Indian journal of veterinary science and animal husbandry - Volumes 18-21, 1948-1951
Year: 1948
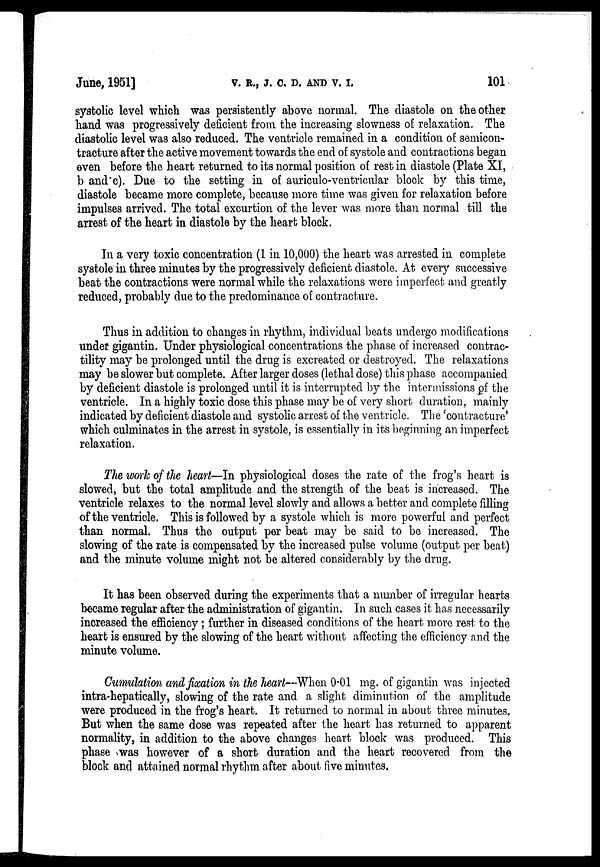
June, 1951]
V.
R.,
J.
C.
D.
AND
V.
I.
101
systolic level which was persistently above normal. The diastole on the other
hand was progressively deficient from the increasing slowness of relaxation. The
diastolic level was also reduced. The ventricle remained in a condition of semicon-
tracture after the active movement towards the end of systole and contractions began
even before the heart returned to its normal position of rest in diastole (Plate XI,
b and c). Due to the setting in of auriculo-ventricular block by this time,
diastole became more complete, because more time was given for relaxation before
impulses arrived. The total excurtion of the lever was more than normal till the
arrest of the heart in diastole by the heart block.
In a very toxic concentration (1 in 10,000) the heart was arrested in complete
systole in three minutes by the progressively deficient diastole. At every successive
beat the contractions were normal while the relaxations were imperfect and greatly
reduced, probably due to the predominance of contracture.
Thus in addition to changes in rhythm, individual beats undergo modifications
under gigantin. Under physiological concentrations the phase of increased contrac-
tility may be prolonged until the drug is excreated or destroyed. The relaxations
may be slower but complete. After larger doses (lethal dose) this phase accompanied
by deficient diastole is prolonged until it is interrupted by the intermissions of the
ventricle. In a highly toxic dose this phase may be of very short duration, mainly
indicated by deficient diastole and systolic arrest of the ventricle. The 'contracture'
which culminates in the arrest in systole, is essentially in its beginning an imperfect
relaxation.
The work of the heart—In physiological doses the rate of the frog's heart is
slowed, but the total amplitude and the strength of the beat is increased. The
ventricle relaxes to the normal level slowly and allows a better and complete filling
of the ventricle. This is followed by a systole which is more powerful and perfect
than normal. Thus the output per beat may be said to be increased. The
slowing of the rate is compensated by the increased pulse volume (output per beat)
and the minute volume might not be altered considerably by the drug.
It has been observed during the experiments that a number of irregular hearts
became regular after the administration of gigantin. In such cases it has necessarily
increased the efficiency; further in diseased conditions of the heart more rest to the
heart is ensured by the slowing of the heart without affecting the efficiency and the
minute volume.
Cumulation and fixation in the heart—When 0.01 mg. of gigantin was injected
intra-hepatically, slowing of the rate and a slight diminution of the amplitude
were produced in the frog's heart. It returned to normal in about three minutes.
But when the same dose was repeated after the heart has returned to apparent
normality, in addition to the above changes heart block was produced. This
phase was however of a short duration and the heart recovered from the
block and attained normal rhythm after about five minutes.